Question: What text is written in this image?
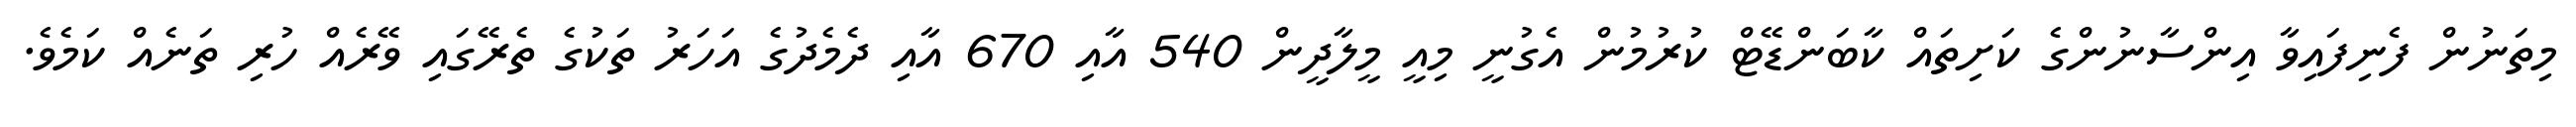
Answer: މިތަނުން ފެނިފައިވާ އިންސާނުންގެ ކަށިތައް ކާބަންޑޭޓް ކުރުމުން އެގުނީ މިއީ މީލާދީން 540 އާއި 670 އާއި ދެމެދުގެ އަހަރު ތަކުގެ ތެރޭގައި ވޭރެއް ހުރި ތަނެއް ކަމެވެ.